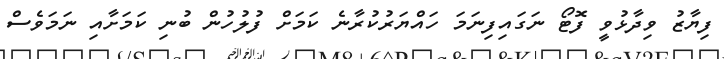
ފިޔާޒު ވިދާޅުވީ ފޮޓޯ ނަގައިފިނަމަ ހައްޔަރުކުރާނެ ކަމަށް ފުލުހުން ބުނި ކަމަށާއި ނަމަވެސް